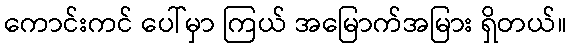
ကောင်းကင် ပေါ်မှာ ကြယ် အမြောက်အမြား ရှိတယ်။